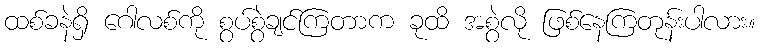
ထစ်ခနဲရှိ ဂေါလစ်ကို စွပ်စွဲချင်ကြတာက ခုထိ အစွဲလို ဖြစ်နေကြတုန်းပါလား။